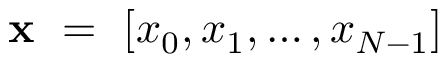
\mathbf { x } ~ = ~ \left[ x _ { 0 } , x _ { 1 } , \ldots , x _ { N - 1 } \right]